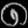
Digit: ၈